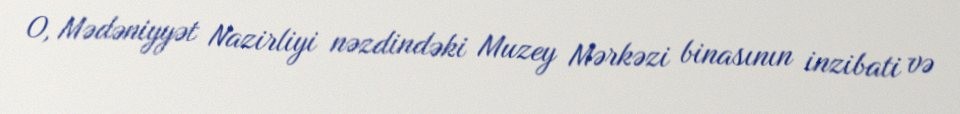
O, Mədəniyyət Nazirliyi nəzdindəki Muzey Mərkəzi binasının inzibati və